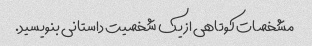
مشخصات کوتاهی از یک شخصیت داستانی بنویسید.